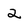
Character: 2